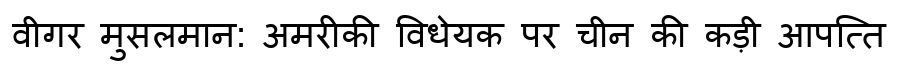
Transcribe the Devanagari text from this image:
वीगर मुसलमान: अमरीकी विधेयक पर चीन की कड़ी आपत्ति